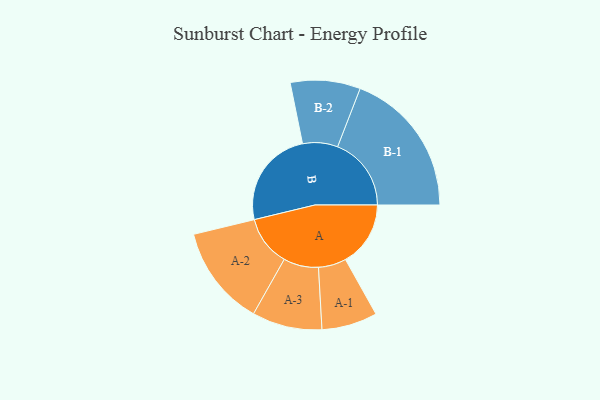
{"axis": {"x": "Segment", "y": "Value"}, "legend": ["", "A", "B"], "data": [{"x": "A", "y": 264, "type": ""}, {"x": "B", "y": 400, "type": ""}, {"x": "A-1", "y": 113, "type": "A"}, {"x": "A-2", "y": 204, "type": "A"}, {"x": "A-3", "y": 142, "type": "A"}, {"x": "B-1", "y": 299, "type": "B"}, {"x": "B-2", "y": 142, "type": "B"}]}